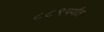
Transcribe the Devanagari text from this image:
८८९पर्यंत